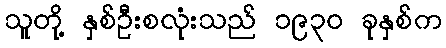
သူတို့ နှစ်ဦးစလုံးသည် ၁၉၃၀ ခုနှစ်က